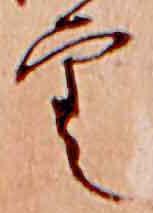
雲